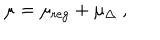
\mu = \mu _ { \mathrm { r e g } } + \mu _ { \Delta } \ ,